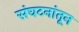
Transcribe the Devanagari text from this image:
संघटनांतून